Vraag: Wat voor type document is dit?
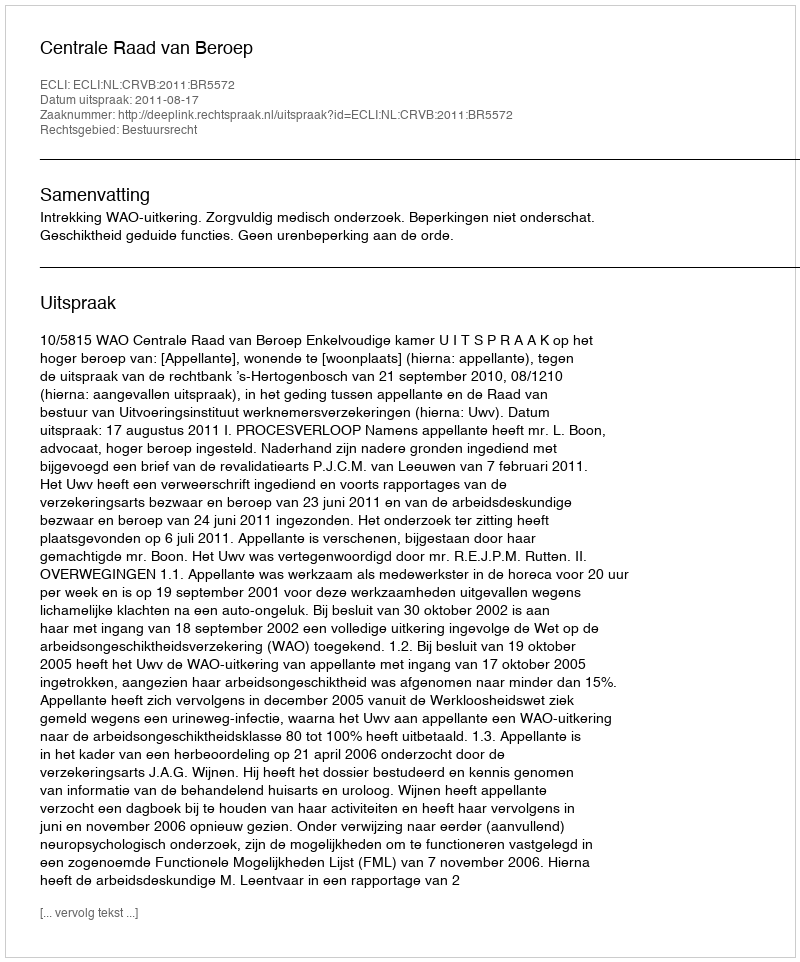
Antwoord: Uitspraak